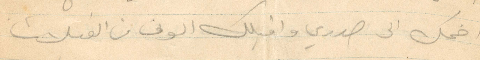
اضمك الى صدري واقبلك الوف من القبلات